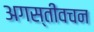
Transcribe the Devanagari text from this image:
अगस्तीवचन